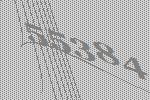
55384